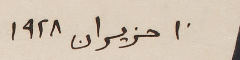
١٠ حزيران ١٩٢٨